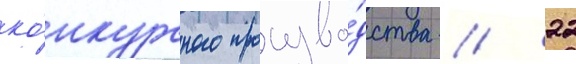
ко́нкурсного произво́дства // 22